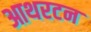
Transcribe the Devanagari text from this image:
आथरटन